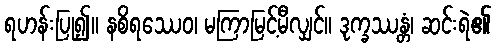
ရဟန်းပြု၍။ နစိရဿေဝ၊ မကြာမြင့်မီလျှင်။ ဒုက္ခဿန္တံ၊ ဆင်းရဲ၏